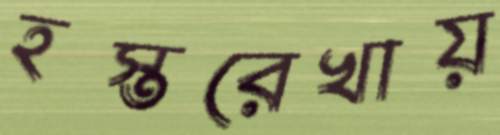
হস্তরেখায়